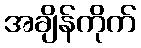
အချိန်ကိုက်